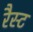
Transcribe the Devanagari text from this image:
रैस्ट